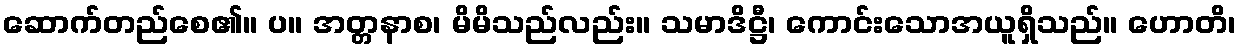
ဆောက်တည်စေ၏။ ပ။ အတ္တနာစ၊ မိမိသည်လည်း။ သမာဒိဋ္ဌီ၊ ကောင်းသောအယူရှိသည်။ ဟောတိ၊